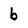
Character: b